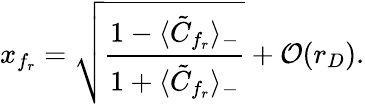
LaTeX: x_{f_{r}}=\sqrt{\frac{1-\langle\tilde{C}_{f_{r}}\rangle_{-}}{1+\langle\tilde{C}_{f_{r}}\rangle_{-}}}+{\cal O}(r_{D}).